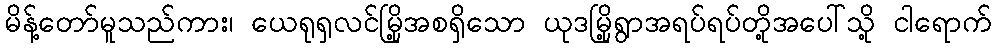
မိန့်တော်မူသည်ကား၊ ယေရုရှလင်မြို့အစရှိသော ယုဒမြို့ရွာအရပ်ရပ်တို့အပေါ်သို့ ငါရောက်